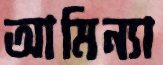
আমিন্যা